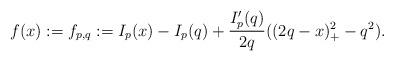
LaTeX: \begin{align*} f(x) := f_{p,q} := I_p(x) - I_p(q) + \frac{I'_p(q)}{2q}((2q-x)_+^2 -q^2). \end{align*}